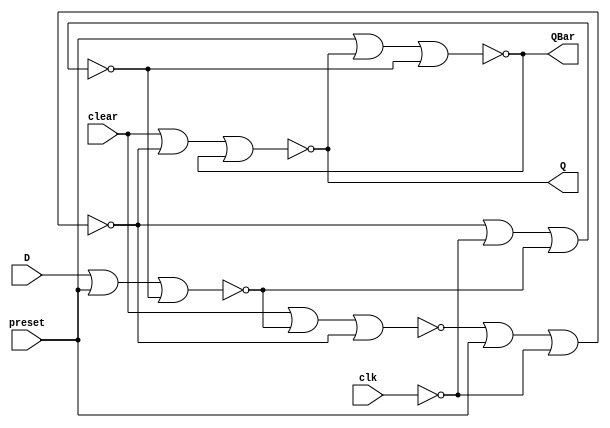
module mydff(output Q, output QBar, input D, input clk,input preset, input clear);

   not(nClk,clk);
   nor n1 (n1o,clear,n4o,n2o);
   nor n2 (n2o,n1o,preset,nClk);
   nor n3 (n3o,n2o,nClk,n4o);
   nor n4 (n4o,D,preset,n3o);
 
   nor b1 (Q,clear,n2o,QBar);
   nor b2 (QBar,preset,Q,n3o);
   
endmodule